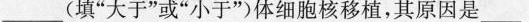
___(填”大于”或”小于”)体细胞核移植，其原因是_